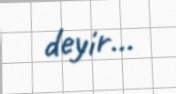
deyir...